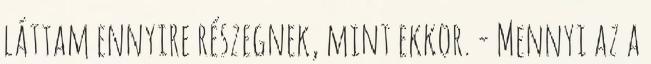
láttam ennyire részegnek, mint ekkor. - Mennyi az a